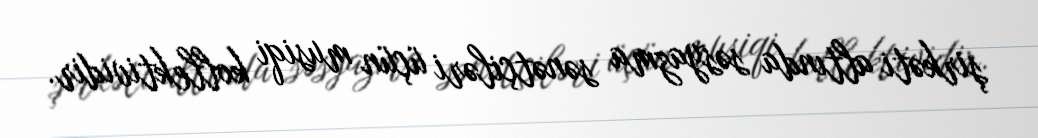
şirkəti altında səsyazma sənətçiləri üçün musiqi kollektividir.